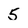
Character: 5